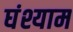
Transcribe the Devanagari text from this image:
घंश्याम